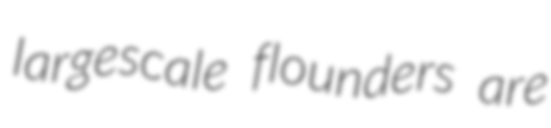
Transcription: largescale flounders are